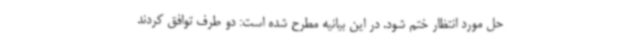
حل مورد انتظار ختم شود. در این بیانیه مطرح شده است: دو طرف توافق کردند